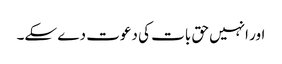
اور انہیں حق بات کی دعوت دے سکے۔